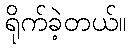
ရိုက်ခဲ့တယ်။